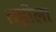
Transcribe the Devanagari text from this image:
तड़ोला